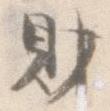
財